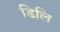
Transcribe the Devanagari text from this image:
डिलि